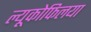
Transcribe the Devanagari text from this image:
ल्यूकोफिलया